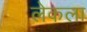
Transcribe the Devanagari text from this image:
लेकला